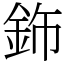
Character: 鉓